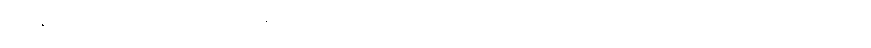
ကျွန်ုပ်တို့သည် ၎င်းဂူကြီး၏ ဆန်းကြယ်သော အခြင်းအရာ များကို၊ အလိုရှိသလောက် ကြာရှည်စွာ